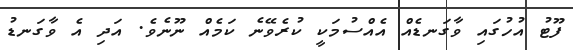
ފޫޓު އުހުގައި ވާގަނޑެއް އެއްސުމަކީ ކުރެވޭނެ ކަމެއް ނޫނެވެ. އަދި އެ ވާގަނޑު